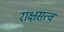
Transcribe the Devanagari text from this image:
राक्षसत्व